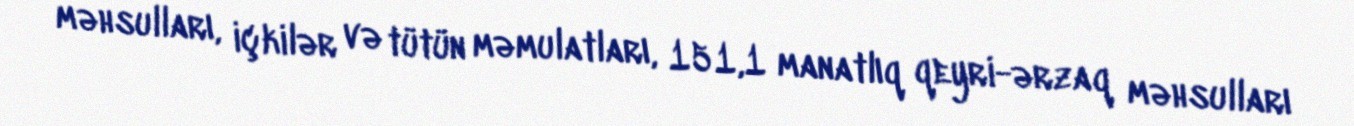
məhsulları, içkilər və tütün məmulatları, 151,1 manatlıq qeyri-ərzaq məhsulları